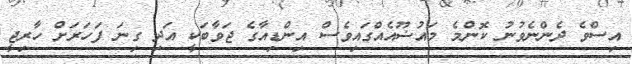
އިސްވެ ދެންނެވުނު ކޮންމެ މައުޟޫއެއްގައިވެސް އިންޑިއާގެ ޖަވާބަކީ އަދި ގިނަ ފަހަރަށް ހާރިޖީ